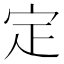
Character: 定